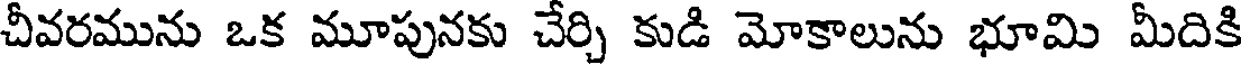
చీవరమును ఒక మూపునకు చేర్చి కుడి మోకాలును భూమి మీదికి